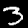
Label: 3